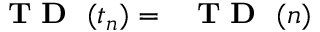
\mathrm { ~ { ~ \bf ~ T ~ D ~ } ~ } ( t _ { n } ) = \mathrm { ~ { ~ \bf ~ T ~ D ~ } ~ } ( n )